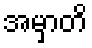
အမှာတိ